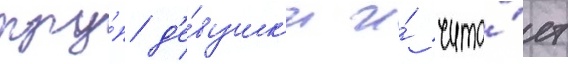
тру́п д'е́вушк'и и́ чита́ет